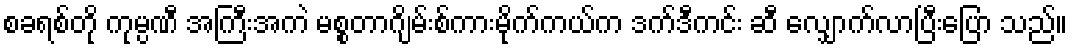
စခရစ်တို ကုမ္ပဏီ အကြီးအကဲ မစ္စတာဂျိမ်းစ်ကားမိုက်ကယ်က ဒက်ဒီကင်း ဆီ လျှောက်လာပြီးပြော သည်။